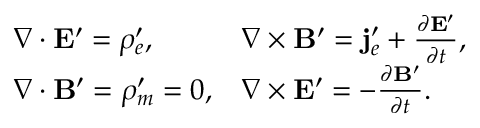
\begin{array} { l l } { { \nabla \cdot \mathbf { E } ^ { \prime } = \rho _ { e } ^ { \prime } , } } & { { \nabla \times \mathbf { B } ^ { \prime } = \mathbf { j } _ { e } ^ { \prime } + \frac { \partial \mathbf { E ^ { \prime } } } { \partial t } , } } \\ { { \nabla \cdot \mathbf { B } ^ { \prime } = \rho _ { m } ^ { \prime } = 0 , } } & { { \nabla \times \mathbf { E } ^ { \prime } = - \frac { \partial \mathbf { B ^ { \prime } } } { \partial t } . } } \end{array}